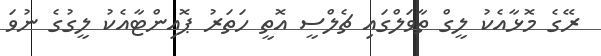
ރޭގެ މޮޅާއެކު ލީގް ތާވަލްގައި ޗެލްސީ އޮތީ ހަތަރު ޕޮއިންޓާއެކު ލީގުގެ ނުވަ